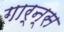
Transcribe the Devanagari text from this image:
गार्न्स